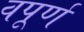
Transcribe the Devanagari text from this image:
वपूर्ण